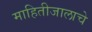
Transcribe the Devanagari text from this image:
माहितीजालाचे